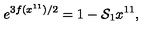
e ^ { 3 f ( x ^ { 1 1 } ) / 2 } = 1 - { \cal S } _ { 1 } x ^ { 1 1 } ,